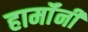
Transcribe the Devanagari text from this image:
हार्मॉनी